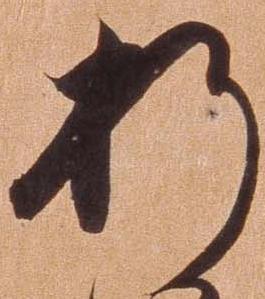
折